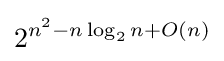
2^{n^{2}-n\log _{2}n+O(n)}